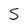
Character: S